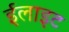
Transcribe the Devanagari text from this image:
ईलाइट